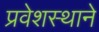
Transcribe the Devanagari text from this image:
प्रवेशस्थाने